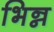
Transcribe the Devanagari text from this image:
भिन्न